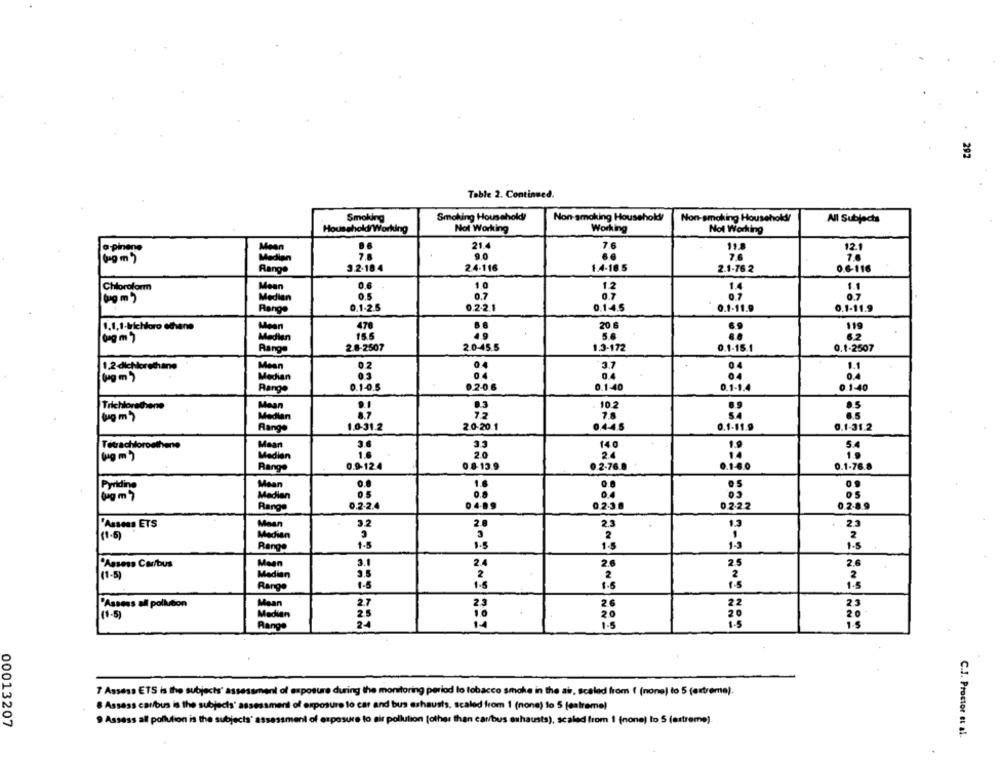
292
Table 2. Continued.
Smoking
Smoking Household !!
Non-smoking Household/
Non-smoking Household/
All Subjects
Household Working
Not Working
Working
Not Working
21.4
a pinen
Meen
7.6
11.8
121
7.8
9.0
7.6
7.0
3.2-18.4
1.4-18.5
Rango
2.4-116
2.1-76.2
0.6-116
Chloroform
Mean
0.6
1.0
1.2
1.
Median
0.5
0.7
0.7
0.7
(gm )
Range
0.1-2.5
0.2-2.1
0.1.4.5
0.1-11.9
0.1-11.9
1.1.1-lrichloro ethane
Mean
478
20.6
119
15.5
5 6
82
0ag m 7
Medien
2.8-2507
2.0-45.5
1.3-172
0.1-15.1
0.1-2507
1.2-dichlorethane
0.4
1.1
Mean
0.2
3.7
Median
0.4
Range
0.1-0.5
0.2-0.6
0.1-40
0.1-1.4
0.1-40
Trichlorathene
Mean
.3
10.2
9.5
Median
8.7
78
1.0-31.2
2.0-20.1
0.445
0.1-11.9
0.1-31.2
Range
Tetrachlorosthente
Mean
3.6
140
5.4
(gm)
1.6
2.0
24
Median
0.2-76.8
0.1-76.8
Range
0.9-12.4
0 8-13.9
.100
Mean
0.0
1.6
Providing
0.8
Median
Range
0.2.2.4
0.4.8.9
023
0.2.22
0.2.8.9
"Assess ETS
3.2
2.
23
Mean
(1.6)
Medien
3
Range
1-5
1.5
13
1.5
"Assess Car/bus
3.1
2.4
2.5
2.6
Meen
2.6
(1-5)
Median
3.5
2
2
1.8
1.5
1.8
Range
"Assess all pollution
27
2.3
26
(1-5)
Median
24
7 Assess ETS is the subjects' assessment of exposure during the monitoring period lo tobacco smoke in the air, scaled from ( (none) to 5 (extreme).
. Assess car/bus is the subjects' assessment of exposure to car and bus exhausts. scaled from 1 (none) lo 5 (extreme)
00013207
9 Assess allt pollution is the subjects' assessment of exposure to air pollution (other than car/bus exhausts), scaled from 1 (none) to 5 (extreme).
C.J. Proctor et al.